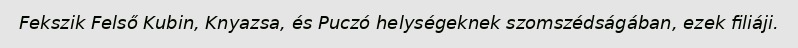
Fekszik Felső Kubin, Knyazsa, és Puczó helységeknek szomszédságában, ezek filiáji.